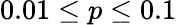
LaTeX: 0.01\leq p\leq 0.1